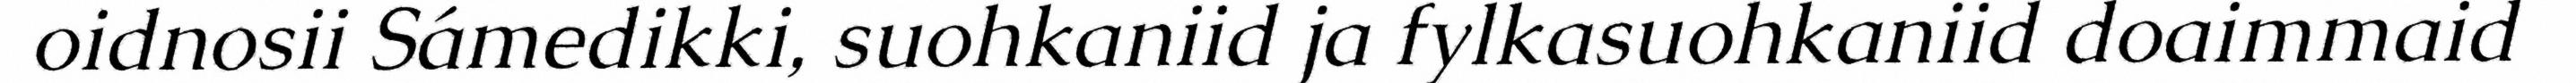
oidnosii Sámedikki, suohkaniid ja fylkasuohkaniid doaimmaid